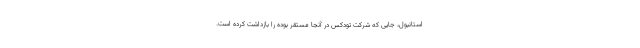
استانبول، جایی که شرکت تودکس در آنجا مستقر بوده را بازداشت کرده است.